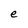
Character: e